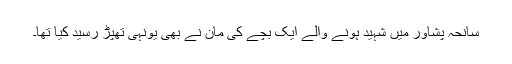
سانحہ پشاور میں شہید ہونے والے ایک بچے کی مان نے بھی یونہی تھپڑ رسید کیا تھا۔